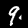
Digit: 9